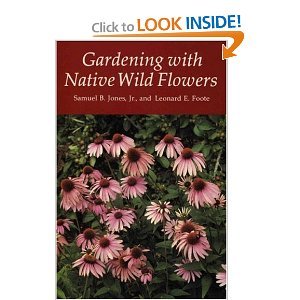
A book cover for Gardening with Native Wildflowers; Samuel B. Jones Jr.; Crafts, Hobbies & Home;